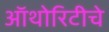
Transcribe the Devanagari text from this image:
ऑथोरिटीचे